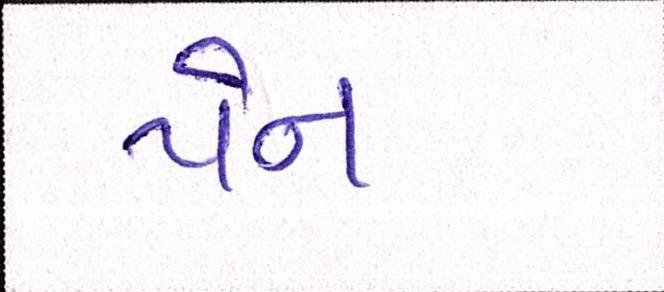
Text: પેન